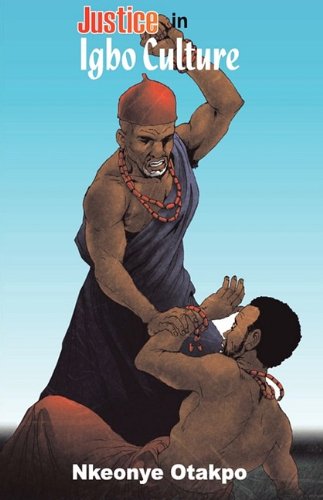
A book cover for Justice in Igbo Culture; Nkeonye Otakpor; Law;